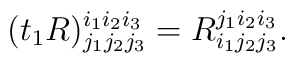
(t_1R)^{i_1i_2i_3}_{j_1j_2j_3} = R^{j_1i_2i_3}_{i_1j_2j_3}.